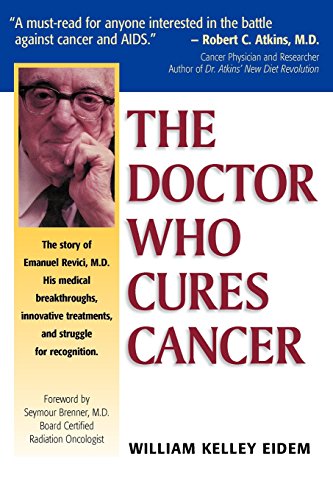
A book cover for The Doctor Who Cures Cancer; William Kelley Eidem; Health, Fitness & Dieting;